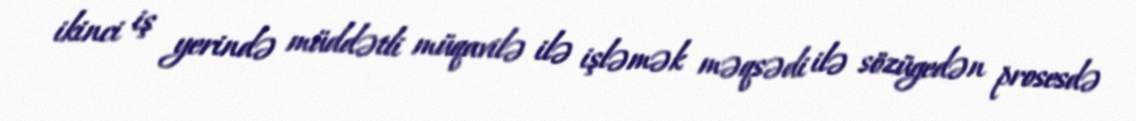
ikinci iş yerində müddətli müqavilə ilə işləmək məqsədi ilə sözügedən prosesdə